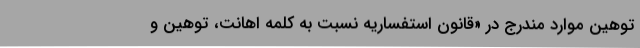
توهین موارد مندرج در «قانون استفساریه نسبت به کلمه اهانت، توهین و